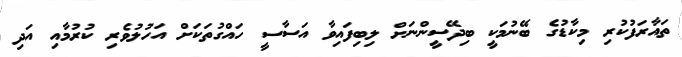
ތައާރަފުކުރި މިކާޑުގެ ބޭނުމަކީ ބިދޭސީންނަށް ލިބިފައިވާ އަސާސީ ހައްގުތަކަށް އަހުލުވެރި ކުރުމާއި އަދި